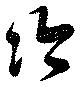
冷